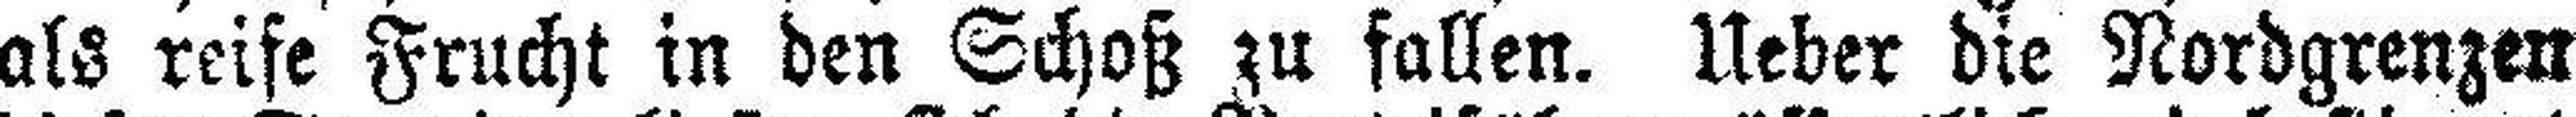
als reife Frucht in den Schoß zu fallen. Ueber die Nordgrenzen